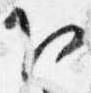
下